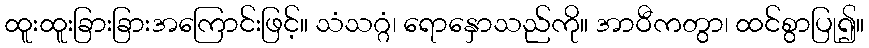
ထူးထူးခြားခြားအကြောင်းဖြင့်။ သံသဂ္ဂံ၊ ရောနှောသည်ကို။ အာဝီကတွာ၊ ထင်စွာပြု၍။